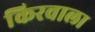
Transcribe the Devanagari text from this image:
किरवाला